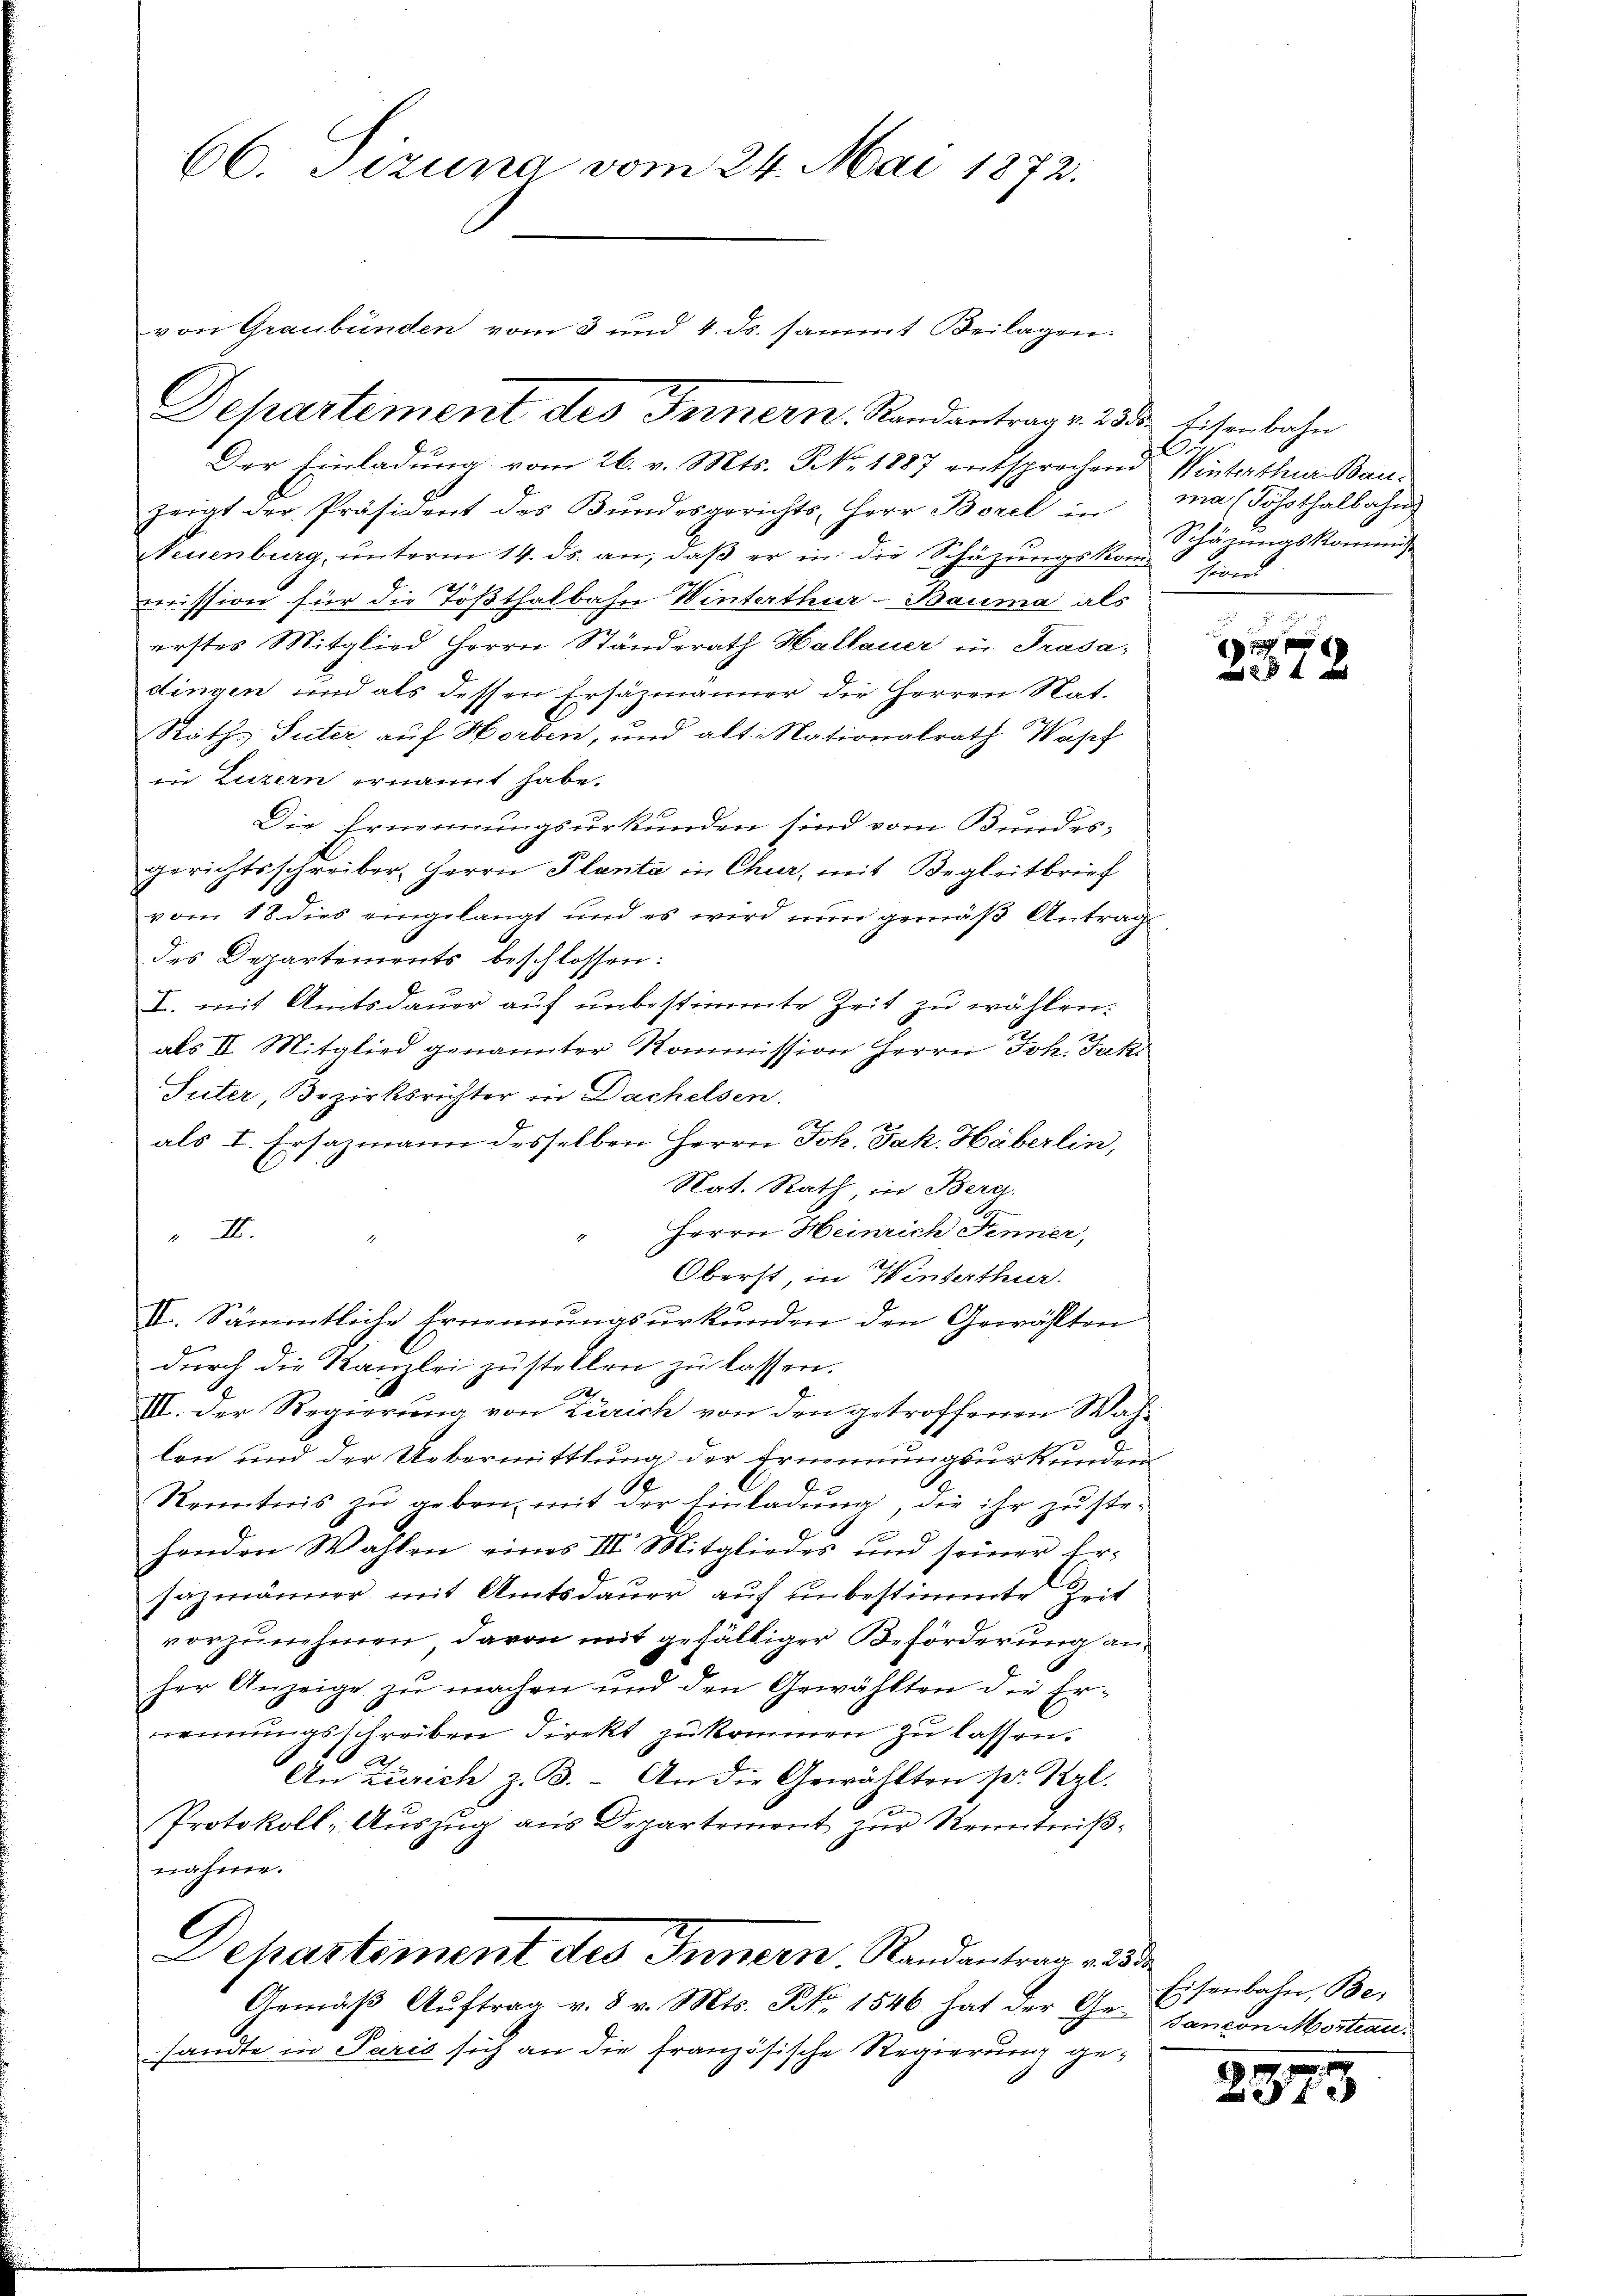
66. Tizuna vom 24. Mai 1872.

Der Einladung vom 26. v. Mts. No. 1887 entsprechend Winterthur Bau-
zeigt der Präsident des Bŭndesgerichts, Herr Borel in ma (Föhothalbahn
Neuenburg, ŭnterm 14. ds. an, daβ er in die Schäzŭngskom-sion.
mission für die Tößthalbahn Winterthur–Bauma als
erstes Mitglied Herrn Ständerath Hallauer in Trasa-
dingen und als dessen Ersäzmänner die Herren Nat.
Raths Suter auf Horben, und alt. Nationalrath Wapf
in Luzern ernannt habe.
Die Ernennungsurkunden sind vom Bundes-
gerichtsschreiber, Herrn Planta in Chur, mit Begleitbrief
vom 18 dies eingelangt und es wird nun gemäß Antrag
des Departements beschlossen:
I. mit Amtsdauer auf unbestimmte Zeit zu wählen.
als II. Mitglied genannter Kommission Herrn Joh. Jak
Suter, Bezirksrichter in Dachelsen.
als I. Ersazmann desselben Herrn Joh. Jak. Häberlin,
Nat. Rath, in Berg.
Herrn Heinrich Fenner,
.
d
Oberst, in Winterthur.
II. Sämmtliche Ernennungsurkunden den Gewählten
durch die Kanzlei zustellen zu lassen.
III. Der Regierung von Zürich von den getroffenen Wahlen und der Uebermittlung der Ernennungsurkunden
Kenntnis zŭ geben mit der Einladŭng, die ihr zŭste-
henden Wahlen eines III. Mitgliedes und seiner Er-
sazmänner mit Amtsdauer auf unbestimmte Zeit
vorzunehmen, davon mit gefälliger Beförderung anher Anzeige zŭ machen und den Gewählten der Er-
ennungsschreiben direkt zukommen zu lassen.
a
An Zürich z. B. An die Gewählten pr. Kerl.
Protokoll: Auszug aus Departement zur Kenntnißnahme.
Dehartement des Innern Randantrag aus de
Gemäß Auftrag v. 8 v. Mts. No. 1546 hat der Ge-Gancon Mortrau
sandte in Paris sich an die französische Regierung ge¬

von Graubünden vom 3 und 4. ds. sammt Beilagen.
Departement des Fernern. Randantrag v. 233. Eisenbahn

Schäzungskommis

x

Eisenbahn, Bes

2373